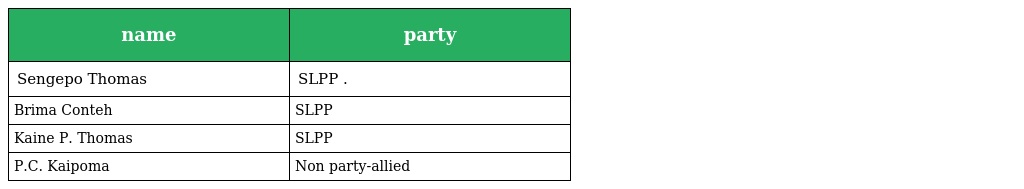
| name | party |
 | --- | --- |
 | Sengepo Thomas | SLPP . |
 | Brima Conteh | SLPP |
 | Kaine P. Thomas | SLPP |
 | P.C. Kaipoma | Non party-allied |